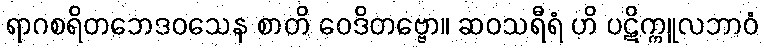
ရာဂစရိတဘေဒဝသေန စာတိ ဝေဒိတဗ္ဗော။ ဆဝသရီရံ ဟိ ပဋိက္ကူလဘာဝံ